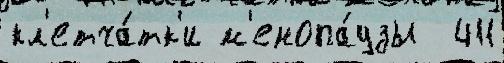
кл'етча́тк'и м'енопа́узы  411